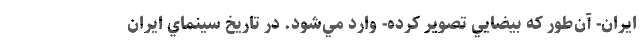
ايران- آن‌طور که بيضايي تصوير کرده- وارد مي‌شود. در تاريخ سينماي ايران